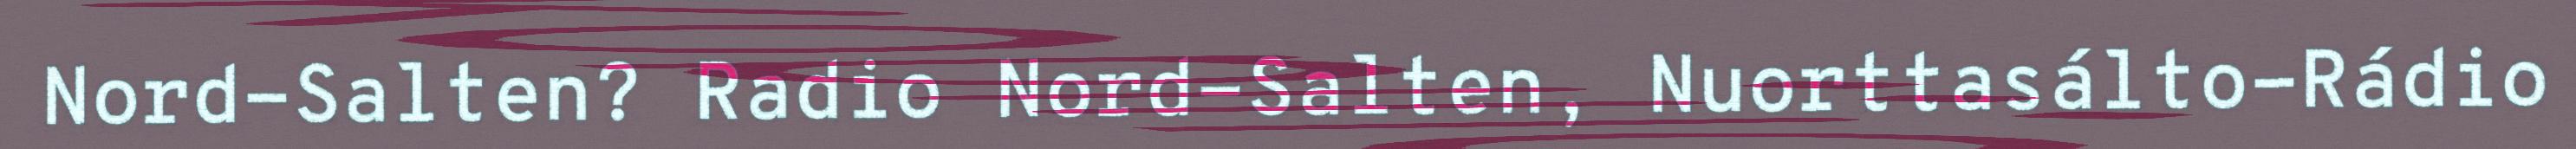
Nord-Salten? Radio Nord-Salten, Nuorttasálto-Rádio